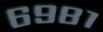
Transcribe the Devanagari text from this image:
६९८१